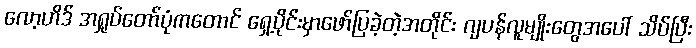
လော့ဟိဒ် အရှုပ်တော်ပုံကတောင် ရှေ့ပိုင်းမှာဖော်ပြခဲ့တဲ့အတိုင်း ဂျပန်လူမျိုးတွေအပေါ် သိပ်ပြီး